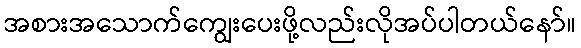
အစားအသောက်ကျွေးပေးဖို့လည်းလိုအပ်ပါတယ်နော်။